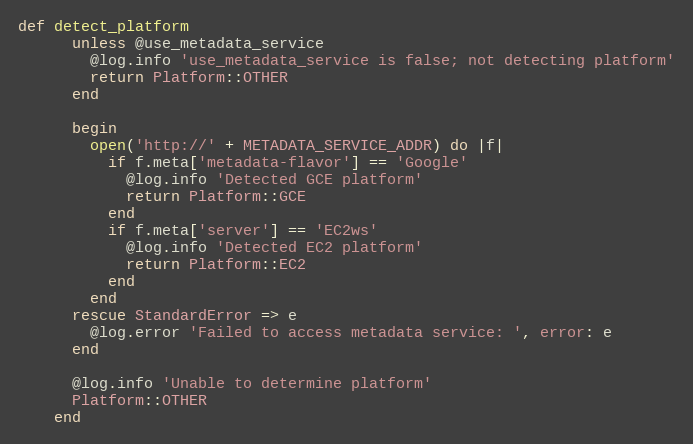
Language: Ruby
def detect_platform
      unless @use_metadata_service
        @log.info 'use_metadata_service is false; not detecting platform'
        return Platform::OTHER
      end

      begin
        open('http://' + METADATA_SERVICE_ADDR) do |f|
          if f.meta['metadata-flavor'] == 'Google'
            @log.info 'Detected GCE platform'
            return Platform::GCE
          end
          if f.meta['server'] == 'EC2ws'
            @log.info 'Detected EC2 platform'
            return Platform::EC2
          end
        end
      rescue StandardError => e
        @log.error 'Failed to access metadata service: ', error: e
      end

      @log.info 'Unable to determine platform'
      Platform::OTHER
    end